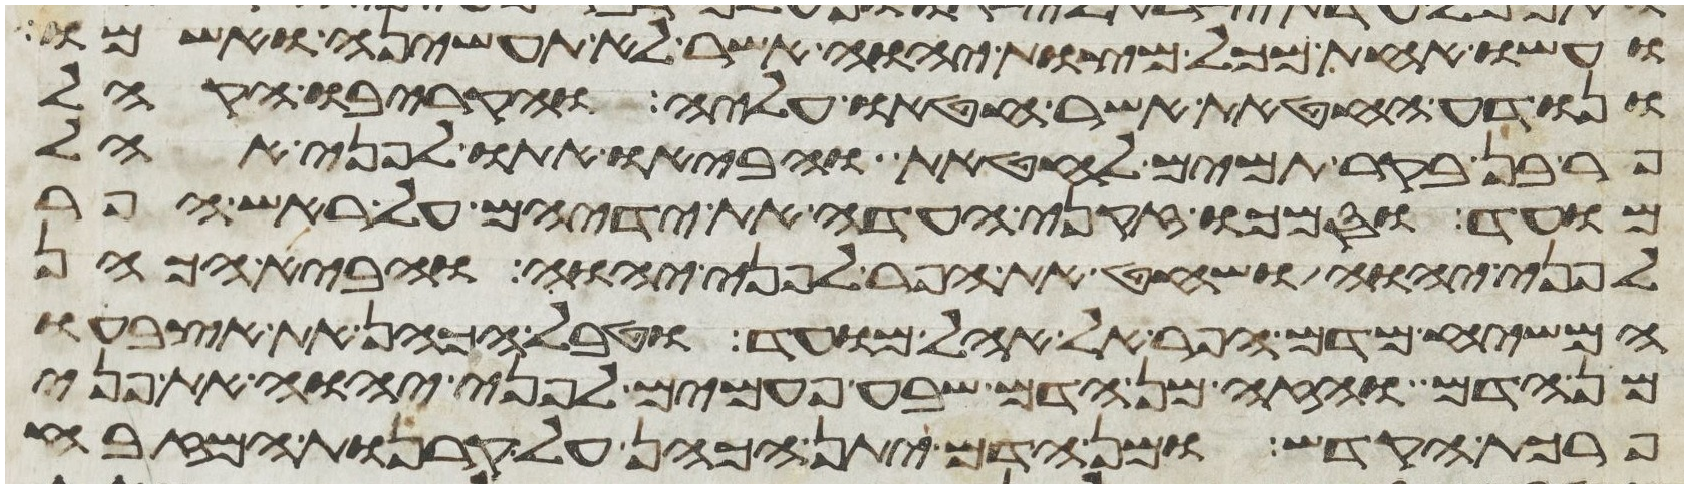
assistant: ועשו אחת מכל מצות יהוה אשר לא תעשיהן ואשמו
ונודע החטאת אשר חטאו עליה והקריבו הקהל
פר בן בקר תמים לחטאת והביאו אתו לפני אהל
מועד וסמכו זקני העדה את ידיהם על ראש הפר
לפני יהוה ושחט את הפר לפני יהוה והביא הכהן
המשיח מדם הפר אל אהל מועד וטבל הכהן את אצבעו
מן הדם והזה מן הדם שבע פעמים לפני יהוה את פני
פרכת הקדש ומן הדם יתן הכהן על קרנות המזבח